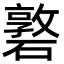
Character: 䃦